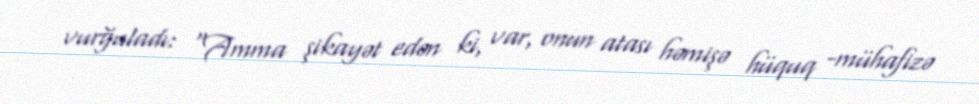
vurğuladı: “Amma şikayət edən ki, var, onun atası həmişə hüquq -mühafizə